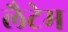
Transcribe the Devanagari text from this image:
लैटेम